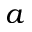
a